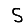
Digit: 5